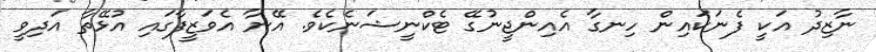
ނާޒިދު އަކީ ފެނަކައިން ހިނގާ އެއިންޖީނުގޭ ޓެކްނީޝަނެކެވެ. އޭނާ އެވަޒީފާގައި އުޅޭތާ އަދިވީ